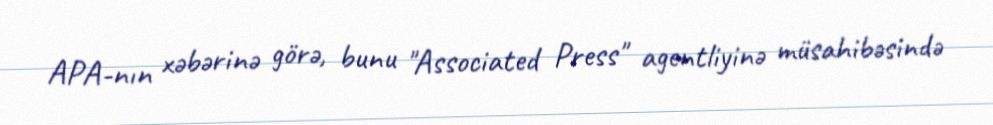
APA-nın xəbərinə görə, bunu "Associated Press" agentliyinə müsahibəsində